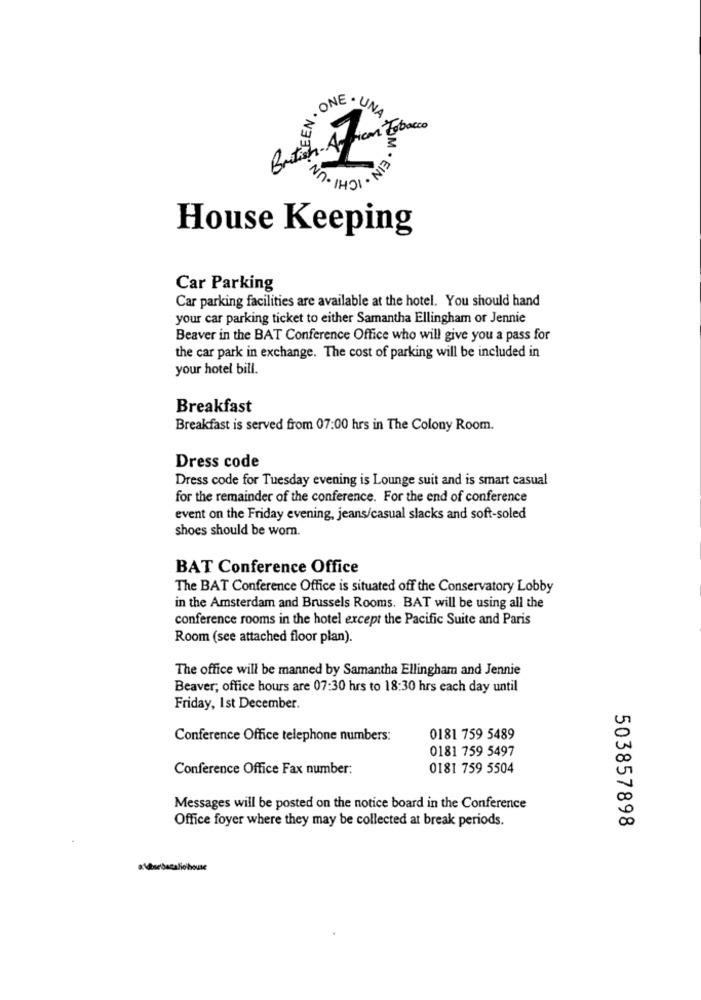
. ONE . UNA
NO. N3323
Nn. 1421. N13
House Keeping
Car Parking
Car parking facilities are available at the hotel. You should hand
your car parking ticket to either Samantha Ellingham or Jennie
Beaver in the BAT Conference Office who will give you a pass for
the car park in exchange. The cost of parking will be included in
your hotel bill.
Breakfast
Breakfast is served from 07:00 hrs in The Colony Room.
Dress code
Dress code for Tuesday evening is Lounge suit and is smart casual
for the remainder of the conference. For the end of conference
event on the Friday evening, jeans/casual slacks and soft-soled
shoes should be worn.
BAT Conference Office
The BAT Conference Office is situated off the Conservatory Lobby
in the Amsterdam and Brussels Rooms. BAT will be using all the
conference rooms in the hotel except the Pacific Suite and Paris
Room (see attached floor plan).
The office will be manned by Samantha Ellingham and Jennie
Beaver; office hours are 07:30 hrs to 18:30 hrs each day until
Friday, Ist December.
Conference Office telephone numbers:
0181 759 5489
0181 759 5497
Conference Office Fax number:
0181 759 5504
Messages will be posted on the notice board in the Conference
Office foyer where they may be collected at break periods.
503857898
altsebasaliohouse